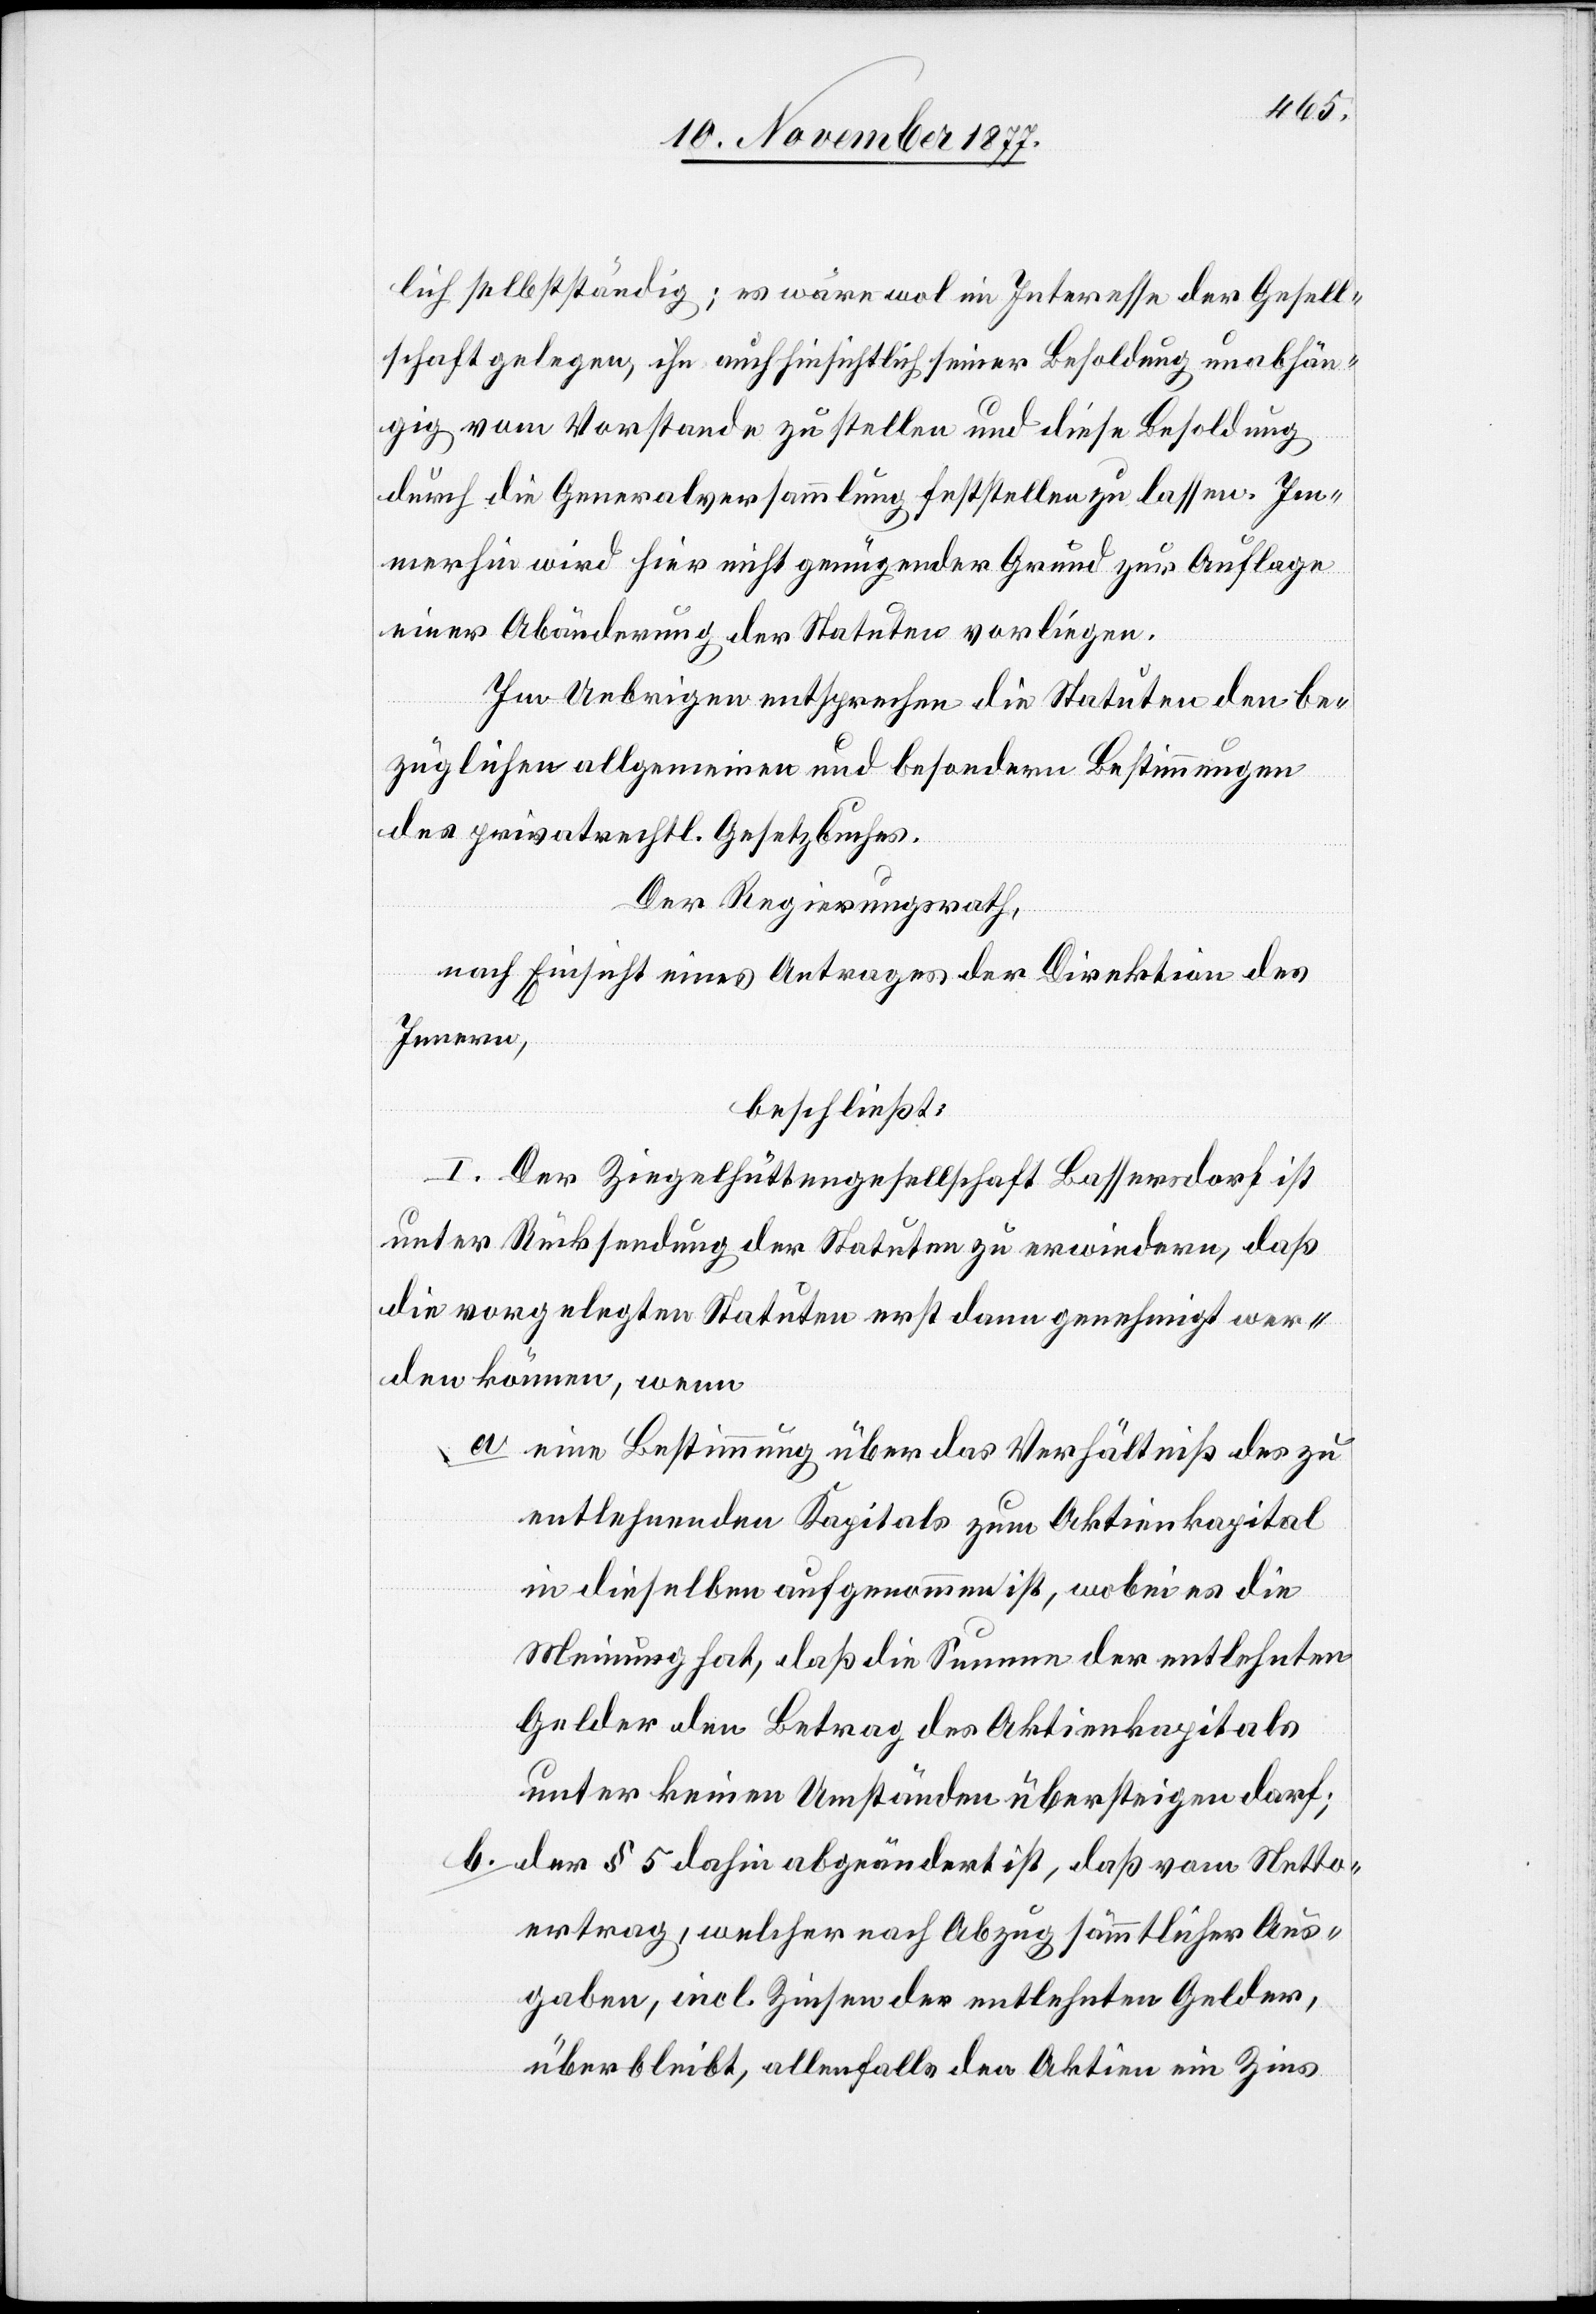
lich selbstständig; es wäre wol im Interesse der Gesell¬
schaft gelegen, ihn auch hinsichtlich seiner Besoldung unabhän¬
gig vom Vorstande zu stellen und diese Besoldung
durch die Generalversammlung feststellen zu lassen. Im¬
merhin wird hier nicht genügender Grund zur Auflage
einer Abänderung der Statuten vorliegen.
Im Uebrigen entsprechen die Statuten den be¬
züglichen allgemeinen und besondern Bestimmungen
des privatrechtl. Gesetzbuches.
Der Regierungsrath,
nach Einsicht eines Antrages der Direktion des
Innern,
beschließt:
I. Der Ziegelhüttengesellschaft Bassersdorf ist
unter Rücksendung der Statuten zu erwiedern, daß
die vorgelegten Statuten erst dann genehmigt wer¬
den können, wenn
eine Bestimmung über das Verhältniß des zu
entlehnenden Kapitals zum Aktienkapital
in dieselben aufgenommen ist, wobei es die
Meinung hat, daß die Summe der entlehnten
Gelder den Betrag des Aktienkapitals
unter keinen Umständen übersteigen darf;
der § 5 dahin abgeändert ist, daß vom Netto¬
ertrag, welcher nach Abzug sämmtlicher Aus¬
gaben, incl. Zinsen der entlehnten Gelder,
überbleibt, allenfalls den Aktien ein Zins